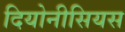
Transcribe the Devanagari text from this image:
दियोनीसियस